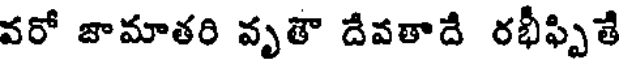
వరో జామాతరి వృతౌ దేవతాదే రభీఫ్పితే